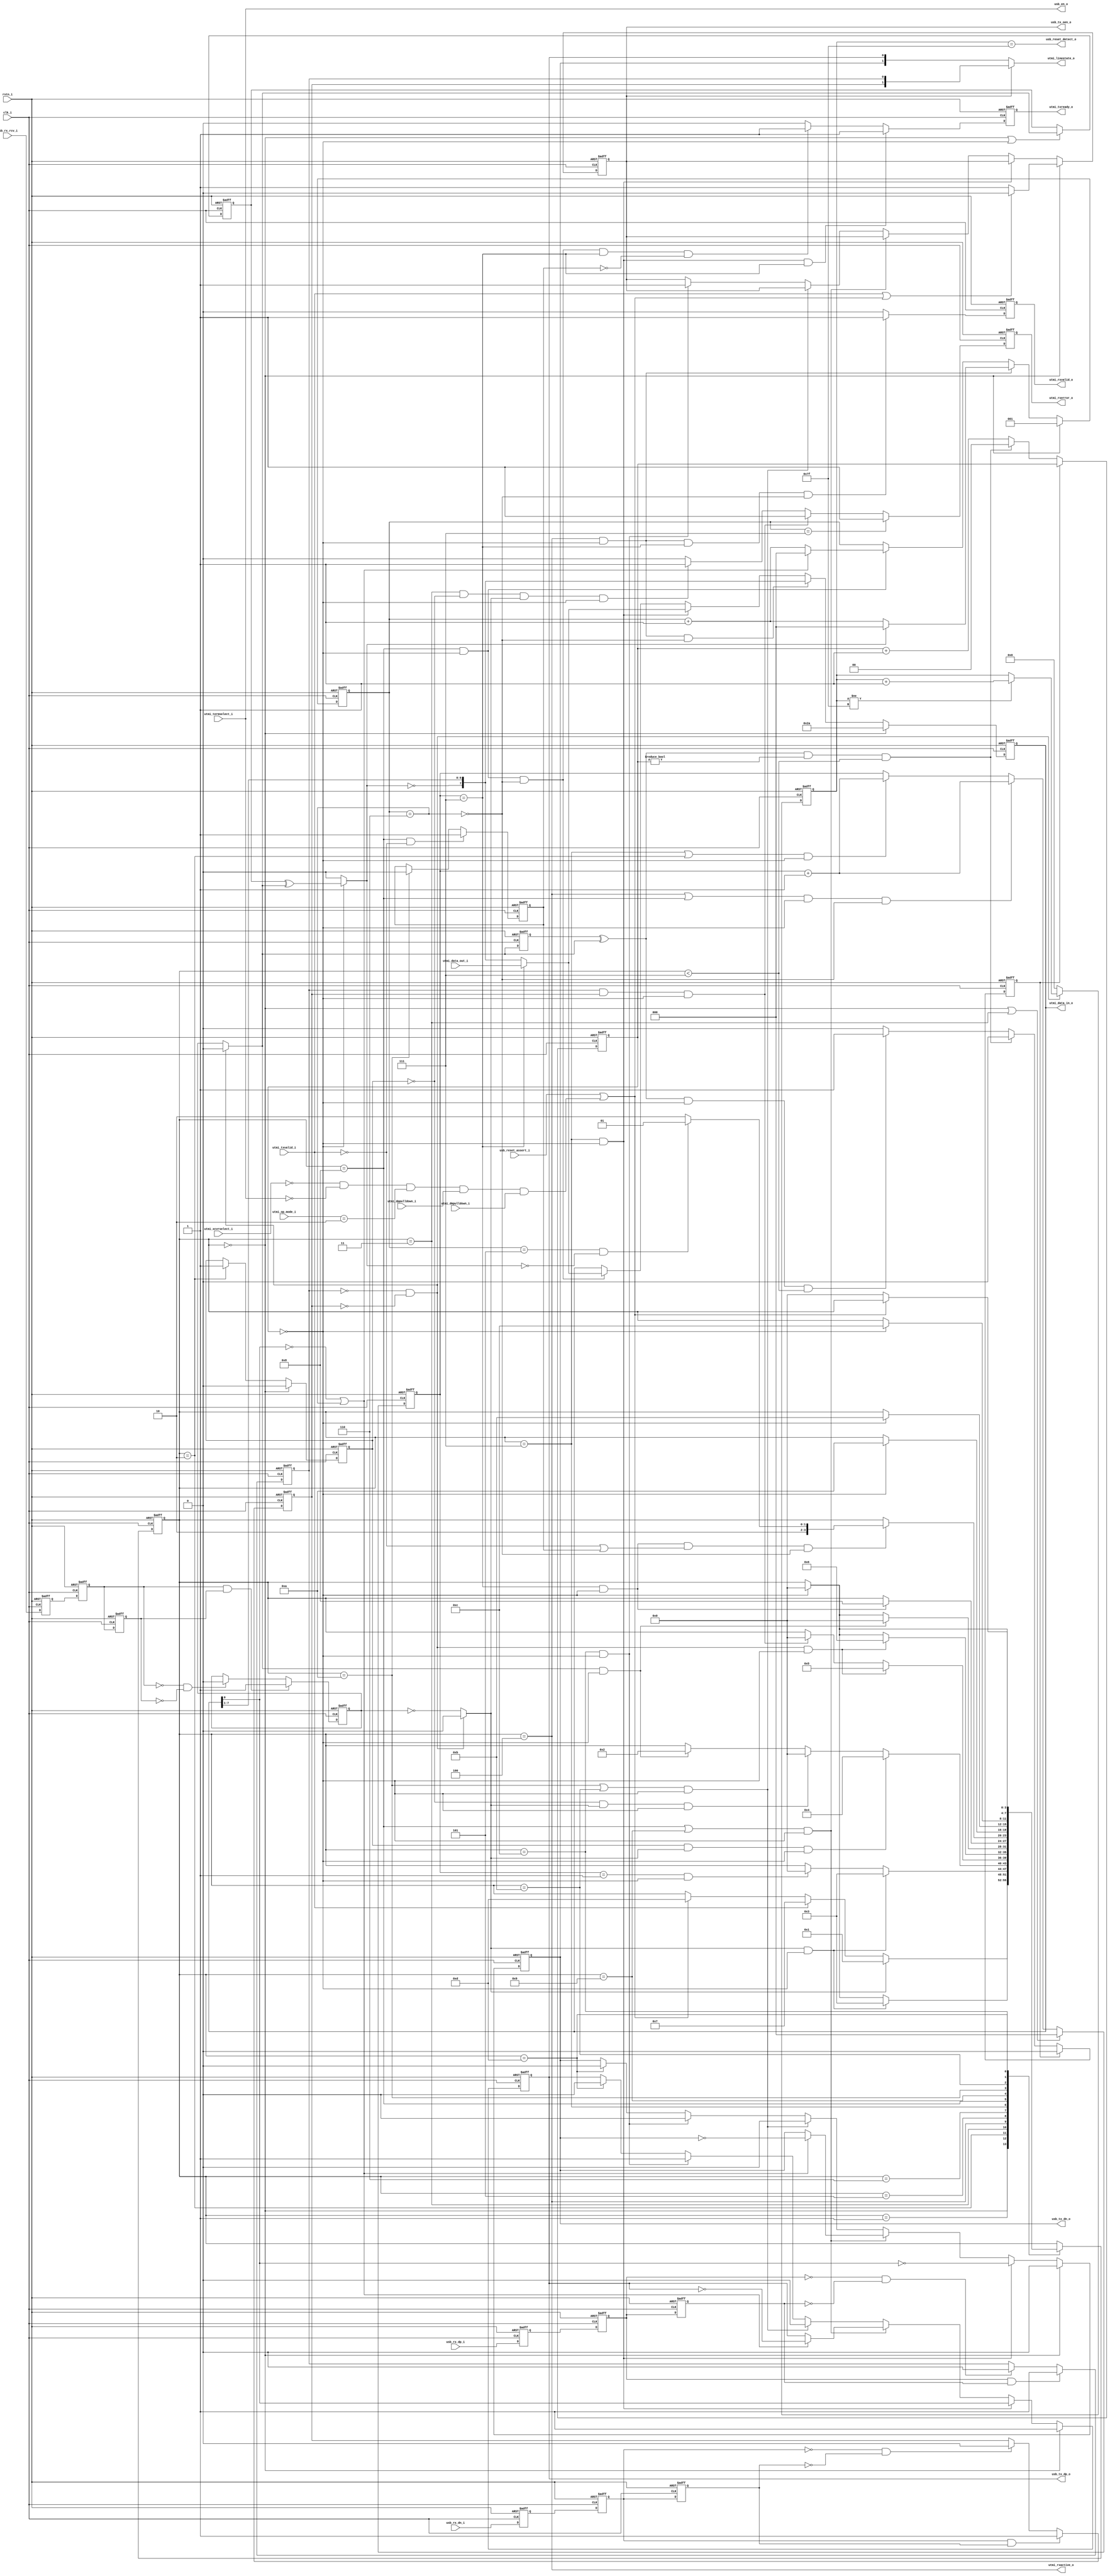
//////////////////////////////////////////////////////////////////////////////
// SPDX-FileCopyrightText: 2021 , Dinesh Annayya                          
// 
// Licensed under the Apache License, Version 2.0 (the "License");
// you may not use this file except in compliance with the License.
// You may obtain a copy of the License at
//
//      http://www.apache.org/licenses/LICENSE-2.0
//
// Unless required by applicable law or agreed to in writing, software
// distributed under the License is distributed on an "AS IS" BASIS,
// WITHOUT WARRANTIES OR CONDITIONS OF ANY KIND, either express or implied.
// See the License for the specific language governing permissions and
// limitations under the License.
// SPDX-License-Identifier: Apache-2.0
// SPDX-FileContributor: Created by Dinesh Annayya <dinesha@opencores.org>
//
//-----------------------------------------------------------------
//                     USB Full Speed (12mbps) Phy
//                              V0.2
//                        Ultra-Embedded.com
//                          Copyright 2015
//
//
//                         License: LGPL
//-----------------------------------------------------------------
//
// This source file may be used and distributed without         
// restriction provided that this copyright statement is not    
// removed from the file and that any derivative work contains  
// the original copyright notice and the associated disclaimer. 
//
// This source file is free software; you can redistribute it   
// and/or modify it under the terms of the GNU Lesser General   
// Public License as published by the Free Software Foundation; 
// either version 2.1 of the License, or (at your option) any   
// later version.
//
// This source is distributed in the hope that it will be       
// useful, but WITHOUT ANY WARRANTY; without even the implied   
// warranty of MERCHANTABILITY or FITNESS FOR A PARTICULAR      
// PURPOSE.  See the GNU Lesser General Public License for more 
// details.
//
// You should have received a copy of the GNU Lesser General    
// Public License along with this source; if not, write to the 
// Free Software Foundation, Inc., 59 Temple Place, Suite 330, 
// Boston, MA  02111-1307  USA
//-----------------------------------------------------------------

//-----------------------------------------------------------------
//                          Generated File
//-----------------------------------------------------------------

module usb_fs_phy
(
    // Inputs
     input           clk_i
    ,input           rstn_i
    ,input  [  7:0]  utmi_data_out_i
    ,input           utmi_txvalid_i
    ,input  [  1:0]  utmi_op_mode_i
    ,input  [  1:0]  utmi_xcvrselect_i
    ,input           utmi_termselect_i
    ,input           utmi_dppulldown_i
    ,input           utmi_dmpulldown_i
    ,input           usb_rx_rcv_i
    ,input           usb_rx_dp_i
    ,input           usb_rx_dn_i
    ,input           usb_reset_assert_i

    // Outputs
    ,output [  7:0]  utmi_data_in_o
    ,output          utmi_txready_o
    ,output          utmi_rxvalid_o
    ,output          utmi_rxactive_o
    ,output          utmi_rxerror_o
    ,output [  1:0]  utmi_linestate_o
    ,output          usb_tx_dp_o
    ,output          usb_tx_dn_o
    ,output          usb_tx_oen_o
    ,output          usb_reset_detect_o
    ,output          usb_en_o
);




//-----------------------------------------------------------------
// Wires / Registers
//-----------------------------------------------------------------
reg         rx_en_q;

// Xilinx placement pragmas:
//synthesis attribute IOB of out_dp_q is "TRUE"
//synthesis attribute IOB of out_dn_q is "TRUE"
reg         out_dp_q;
reg         out_dn_q;

wire        in_dp_w;
wire        in_dn_w;
wire        in_rx_w;

wire        in_j_w;
wire        in_k_w;
wire        in_se0_w;
wire        in_invalid_w;

wire        sample_w;

wire        bit_edge_w;
wire        bit_transition_w;

reg [2:0]   bit_count_q;
reg [2:0]   ones_count_q;
reg [7:0]   data_q;
reg         send_eop_q;

reg         sync_j_detected_q;

wire        bit_stuff_bit_w;
wire        next_is_bit_stuff_w;

wire        usb_reset_assert_w = usb_reset_assert_i | 
                                (utmi_xcvrselect_i == 2'b00 && 
                                 utmi_termselect_i == 1'b0  && 
                                 utmi_op_mode_i    == 2'b10 && 
                                 utmi_dppulldown_i && 
                                 utmi_dmpulldown_i);

//-----------------------------------------------------------------
// Resample async signals
//-----------------------------------------------------------------
reg         rx_dp_ms;
reg         rx_dn_ms;
reg         rxd_ms;


always @ (posedge clk_i or negedge rstn_i)
if (!rstn_i)
begin
    rx_dp_ms <= 1'b0;
    rx_dn_ms <= 1'b0;
    rxd_ms   <= 1'b0;
end
else
begin
    rx_dp_ms <= in_dp_w;
    rx_dn_ms <= in_dn_w;
    rxd_ms   <= in_rx_w;
end

//-----------------------------------------------------------------
// Edge Detection
//-----------------------------------------------------------------
reg         rx_dp0_q;
reg         rx_dn0_q;
reg         rx_dp1_q;
reg         rx_dn1_q;
reg         rx_dp_q;
reg         rx_dn_q;
reg         rxd0_q;
reg         rxd1_q;
reg         rxd_q;

always @ (posedge clk_i or negedge rstn_i)
if (!rstn_i)
begin
    rx_dp0_q    <= 1'b0;
    rx_dn0_q    <= 1'b0;
    rx_dp1_q    <= 1'b0;
    rx_dn1_q    <= 1'b0;
    rx_dp_q     <= 1'b0;
    rx_dn_q     <= 1'b0;
    rxd0_q      <= 1'b0;
    rxd1_q      <= 1'b0;
    rxd_q       <= 1'b0;
end
else
begin
    // Glitch free versions
    if (rx_dp0_q & rx_dp1_q)
        rx_dp_q     <= 1'b1;
    else if (!rx_dp0_q & !rx_dp1_q)
        rx_dp_q     <= 1'b0;

    if (rx_dn0_q & rx_dn1_q)
        rx_dn_q     <= 1'b1;
    else if (!rx_dn0_q & !rx_dn1_q)
        rx_dn_q     <= 1'b0;

    if (rxd0_q & rxd1_q)
        rxd_q     <= 1'b1;
    else if (!rxd0_q & !rxd1_q)
        rxd_q     <= 1'b0;

    // Resyncs
    rx_dp1_q    <= rx_dp0_q;
    rx_dp0_q    <= rx_dp_ms;

    rx_dn1_q    <= rx_dn0_q;
    rx_dn0_q    <= rx_dn_ms;

    rxd1_q      <= rxd0_q;
    rxd0_q      <= rxd_ms;
end

// For Full Speed USB:
// SE0 = D+ = 0 && D- = 0
// J   = D+ = 1 && D- = 0
// K   = D+ = 0 && D- = 1

assign in_j_w       = in_se0_w ? 1'b0 :  rxd_q;
assign in_k_w       = in_se0_w ? 1'b0 : ~rxd_q;
assign in_se0_w     = (!rx_dp_q & !rx_dn_q);
assign in_invalid_w = (rx_dp_q & rx_dn_q);

// Line state matches tx outputs if drivers enabled
assign utmi_linestate_o = usb_tx_oen_o ? {rx_dn_q, rx_dp_q} : {usb_tx_dn_o, usb_tx_dp_o};

//-----------------------------------------------------------------
// State Machine
//-----------------------------------------------------------------
localparam STATE_W              = 4;
localparam STATE_IDLE           = 4'd0;
localparam STATE_RX_DETECT      = 4'd1;
localparam STATE_RX_SYNC_J      = 4'd2;
localparam STATE_RX_SYNC_K      = 4'd3;
localparam STATE_RX_ACTIVE      = 4'd4;
localparam STATE_RX_EOP0        = 4'd5;
localparam STATE_RX_EOP1        = 4'd6;
localparam STATE_TX_SYNC        = 4'd7;
localparam STATE_TX_ACTIVE      = 4'd8;
localparam STATE_TX_EOP_STUFF   = 4'd9;
localparam STATE_TX_EOP0        = 4'd10;
localparam STATE_TX_EOP1        = 4'd11;
localparam STATE_TX_EOP2        = 4'd12;
localparam STATE_TX_RST         = 4'd13;

// Current state
reg [STATE_W-1:0] state_q;

reg [STATE_W-1:0] next_state_r;
always @ *
begin
    next_state_r = state_q;

    case (state_q)
    //-----------------------------------------
    // STATE_IDLE
    //-----------------------------------------
    STATE_IDLE :
    begin
        if (in_k_w)
            next_state_r    = STATE_RX_DETECT;
        else if (utmi_txvalid_i)
            next_state_r    = STATE_TX_SYNC;
        else if (usb_reset_assert_w)
            next_state_r    = STATE_TX_RST;
    end
    //-----------------------------------------
    // STATE_RX_DETECT
    //-----------------------------------------
    STATE_RX_DETECT :
    begin
        if (in_k_w && sample_w)
            next_state_r    = STATE_RX_SYNC_K;
        else if (sample_w)
            next_state_r    = STATE_IDLE;
    end
    //-----------------------------------------
    // STATE_RX_SYNC_J
    //-----------------------------------------
    STATE_RX_SYNC_J :
    begin
        if (in_k_w && sample_w)
            next_state_r    = STATE_RX_SYNC_K;
        // K glitch followed by multiple J's - return to idle
        else if ((bit_count_q == 3'd1) && sample_w)
            next_state_r    = STATE_IDLE;
    end
    //-----------------------------------------
    // STATE_RX_SYNC_K
    //-----------------------------------------
    STATE_RX_SYNC_K :
    begin
        // End of SYNC field ends with 2 K's
        // Must have seen at least 1 J state first!
        if (sync_j_detected_q && in_k_w && sample_w)
            next_state_r    = STATE_RX_ACTIVE;
        // No J detected since IDLE, must be an error!
        else if (!sync_j_detected_q && in_k_w && sample_w)
            next_state_r    = STATE_IDLE;
        else if (in_j_w && sample_w)
            next_state_r    = STATE_RX_SYNC_J;
    end
    //-----------------------------------------
    // STATE_RX_ACTIVE
    //-----------------------------------------
    STATE_RX_ACTIVE :
    begin
        if (in_se0_w && sample_w)
            next_state_r    = STATE_RX_EOP0;
        // Error!
        else if (in_invalid_w && sample_w)
            next_state_r    = STATE_IDLE;
    end
    //-----------------------------------------
    // STATE_RX_EOP0
    //-----------------------------------------
    STATE_RX_EOP0 :
    begin
        if (in_se0_w && sample_w)
            next_state_r    = STATE_RX_EOP1;
        // Error!
        else if (sample_w)
            next_state_r    = STATE_IDLE;
    end
    //-----------------------------------------
    // STATE_RX_EOP1
    //-----------------------------------------
    STATE_RX_EOP1 :
    begin
        // Return to idle
        if (in_j_w && sample_w)
            next_state_r    = STATE_IDLE;
        // Error!
        else if (sample_w)
            next_state_r    = STATE_IDLE;
    end
    //-----------------------------------------
    // STATE_TX_SYNC
    //-----------------------------------------
    STATE_TX_SYNC :
    begin
        if (bit_count_q == 3'd7 && sample_w)
            next_state_r    = STATE_TX_ACTIVE;
    end
    //-----------------------------------------
    // STATE_TX_ACTIVE
    //-----------------------------------------
    STATE_TX_ACTIVE :
    begin
        if (bit_count_q == 3'd7 && sample_w && (!utmi_txvalid_i || send_eop_q) && !bit_stuff_bit_w)
        begin
            // Bit stuff required at end of packet?
            if (next_is_bit_stuff_w)
                next_state_r    = STATE_TX_EOP_STUFF;
            else
                next_state_r    = STATE_TX_EOP0;
        end
    end
    //-----------------------------------------
    // STATE_TX_EOP_STUFF
    //-----------------------------------------
    STATE_TX_EOP_STUFF :
    begin
        if (sample_w)
            next_state_r    = STATE_TX_EOP0;
    end
    //-----------------------------------------
    // STATE_TX_EOP0
    //-----------------------------------------
    STATE_TX_EOP0 :
    begin
        if (sample_w)
            next_state_r    = STATE_TX_EOP1;
    end
    //-----------------------------------------
    // STATE_TX_EOP1
    //-----------------------------------------
    STATE_TX_EOP1 :
    begin
        if (sample_w)
            next_state_r    = STATE_TX_EOP2;
    end
    //-----------------------------------------
    // STATE_TX_EOP2
    //-----------------------------------------
    STATE_TX_EOP2 :
    begin
        if (sample_w)
            next_state_r    = STATE_IDLE;
    end
    //-----------------------------------------
    // STATE_TX_RST
    //-----------------------------------------
    STATE_TX_RST :
    begin
        if (!usb_reset_assert_w)
            next_state_r    = STATE_IDLE;
    end
    default:
        ;
   endcase
end

// Update state
always @ (negedge rstn_i or posedge clk_i)
if (!rstn_i)
    state_q   <= STATE_IDLE;
else
    state_q   <= next_state_r;

//-----------------------------------------------------------------
// SYNC detect
//-----------------------------------------------------------------
always @ (posedge clk_i or negedge rstn_i)
if (!rstn_i)
    sync_j_detected_q  <= 1'b0;
// Reset sync detect state in IDLE
else if (state_q == STATE_IDLE)
    sync_j_detected_q  <= 1'b0;
// At least one J detected
else if (state_q == STATE_RX_SYNC_J)
    sync_j_detected_q  <= 1'b1;

//-----------------------------------------------------------------
// Rx Error Detection
//-----------------------------------------------------------------
reg rx_error_q;

always @ (posedge clk_i or negedge rstn_i)
if (!rstn_i)
    rx_error_q  <= 1'b0;
// Rx bit stuffing error
else if (ones_count_q == 3'd7)
    rx_error_q  <= 1'b1;
// Invalid line state detection
else if (in_invalid_w && sample_w)
    rx_error_q  <= 1'b1;
// Detect invalid SYNC sequence
else if ((state_q == STATE_RX_SYNC_K) && !sync_j_detected_q && in_k_w && sample_w)
    rx_error_q  <= 1'b1;
else
    rx_error_q  <= 1'b0;

assign utmi_rxerror_o = rx_error_q;

//-----------------------------------------------------------------
// Edge Detector
//-----------------------------------------------------------------
reg rxd_last_q;

always @ (posedge clk_i or negedge rstn_i)
if (!rstn_i)
    rxd_last_q  <= 1'b0;
else
    rxd_last_q  <= in_j_w;

assign bit_edge_w = rxd_last_q ^ in_j_w;

//-----------------------------------------------------------------
// Sample Timer
//-----------------------------------------------------------------
reg [1:0] sample_cnt_q;
reg       adjust_delayed_q;

always @ (posedge clk_i or negedge rstn_i)
if (!rstn_i)
begin
    sample_cnt_q        <= 2'd0;
    adjust_delayed_q    <= 1'b0;
end
// Delayed adjustment
else if (adjust_delayed_q)
    adjust_delayed_q    <= 1'b0;
else if (bit_edge_w && (sample_cnt_q != 2'd0) && (state_q < STATE_TX_SYNC))
    sample_cnt_q        <= 2'd0;
// Can't adjust sampling point now?
else if (bit_edge_w && (sample_cnt_q == 2'd0) && (state_q < STATE_TX_SYNC))
begin
    // Want to reset sampling point but need to delay adjustment by 1 cycle!
    adjust_delayed_q    <= 1'b1;
    sample_cnt_q        <= sample_cnt_q + 2'd1;
end
else
    sample_cnt_q        <= sample_cnt_q + 2'd1;

assign sample_w = (sample_cnt_q == 2'd0);

//-----------------------------------------------------------------
// NRZI Receiver
//-----------------------------------------------------------------
reg rxd_last_j_q;

// NRZI:
// 0 = transition between J & K
// 1 = same state
// After 6 consequitive 1's, a 0 is inserted to maintain the transitions

always @ (posedge clk_i or negedge rstn_i)
if (!rstn_i)
    rxd_last_j_q  <= 1'b0;
else if ((state_q == STATE_IDLE) || sample_w)
    rxd_last_j_q  <= in_j_w;

assign bit_transition_w = sample_w ? rxd_last_j_q ^ in_j_w : 1'b0;

//-----------------------------------------------------------------
// Bit Counters
//-----------------------------------------------------------------
always @ (posedge clk_i or negedge rstn_i)
if (!rstn_i)
    ones_count_q <= 3'd1;
// The packet starts with a double K (no transition)
else if (state_q == STATE_IDLE)
    ones_count_q <= 3'd1;
// Rx
else if ((state_q == STATE_RX_ACTIVE) && sample_w)
begin
    if (bit_transition_w)
        ones_count_q <= 3'b0;
    else
        ones_count_q <= ones_count_q + 3'd1;
end
// Tx
else if ((state_q == STATE_TX_ACTIVE) && sample_w)
begin
    // Toggle output data
    if (!data_q[0] || bit_stuff_bit_w)
        ones_count_q <= 3'b0;
    else
        ones_count_q <= ones_count_q + 3'd1;
end

assign bit_stuff_bit_w     = (ones_count_q == 3'd6);
assign next_is_bit_stuff_w = (ones_count_q == 3'd5) && !bit_transition_w;

always @ (posedge clk_i or negedge rstn_i)
if (!rstn_i)
    bit_count_q <= 3'b0;
else if ((state_q == STATE_IDLE) || (state_q == STATE_RX_SYNC_K))
    bit_count_q <= 3'b0;
else if ((state_q == STATE_RX_ACTIVE || state_q == STATE_TX_ACTIVE) && sample_w && !bit_stuff_bit_w)
    bit_count_q <= bit_count_q + 3'd1;
else if (((state_q == STATE_TX_SYNC) || (state_q == STATE_RX_SYNC_J)) && sample_w)
    bit_count_q <= bit_count_q + 3'd1;

//-----------------------------------------------------------------
// Shift register
//-----------------------------------------------------------------
always @ (posedge clk_i or negedge rstn_i)
if (!rstn_i)
    data_q  <= 8'b0;
// Pre-load shift register with SYNC word
else if (state_q == STATE_IDLE)
    data_q  <= 8'b00101010;
else if ((state_q == STATE_RX_ACTIVE) && sample_w && !bit_stuff_bit_w)
    data_q  <= {~bit_transition_w, data_q[7:1]};
else if ((state_q == STATE_TX_SYNC) && sample_w)
begin
    if (bit_count_q == 3'd7)
        data_q  <= utmi_data_out_i;
    else
        data_q  <= {~bit_transition_w, data_q[7:1]};
end    
else if ((state_q == STATE_TX_ACTIVE) && sample_w && !bit_stuff_bit_w)
begin
    if (bit_count_q == 3'd7)
        data_q  <= utmi_data_out_i;
    else
        data_q  <= {~bit_transition_w, data_q[7:1]};
end

// Receive active (SYNC recieved)
assign utmi_rxactive_o = (state_q == STATE_RX_ACTIVE);

assign utmi_data_in_o  = data_q;

//-----------------------------------------------------------------
// Rx Ready
//-----------------------------------------------------------------
reg rx_ready_q;

always @ (posedge clk_i or negedge rstn_i)
if (!rstn_i)
    rx_ready_q <= 1'b0;
else if ((state_q == STATE_RX_ACTIVE) && sample_w && (bit_count_q == 3'd7) && !bit_stuff_bit_w)
    rx_ready_q <= 1'b1;
else
    rx_ready_q <= 1'b0;

assign utmi_rxvalid_o  = rx_ready_q;

//-----------------------------------------------------------------
// Tx Ready
//-----------------------------------------------------------------
reg tx_ready_q;

always @ (posedge clk_i or negedge rstn_i)
if (!rstn_i)
    tx_ready_q <= 1'b0;
else if ((state_q == STATE_TX_SYNC) && sample_w && (bit_count_q == 3'd7))
    tx_ready_q <= 1'b1;
else if ((state_q == STATE_TX_ACTIVE) && sample_w && !bit_stuff_bit_w && (bit_count_q == 3'd7) && !send_eop_q)
    tx_ready_q <= 1'b1;
else
    tx_ready_q <= 1'b0;

assign utmi_txready_o  = tx_ready_q;

//-----------------------------------------------------------------
// EOP pending
//-----------------------------------------------------------------
always @ (negedge rstn_i or negedge clk_i)
if (!rstn_i)
    send_eop_q  <= 1'b0;
else if ((state_q == STATE_TX_ACTIVE) && !utmi_txvalid_i)
    send_eop_q  <= 1'b1;
else if (state_q == STATE_TX_EOP0)
    send_eop_q  <= 1'b0;

//-----------------------------------------------------------------
// Tx
//-----------------------------------------------------------------
wire out_bit_w = sample_w ? data_q[0] : 1'bz;

always @ (posedge clk_i or negedge rstn_i)
if (!rstn_i)
begin
    out_dp_q <= 1'b0;
    out_dn_q <= 1'b0;
    rx_en_q  <= 1'b1;
end
else if (state_q == STATE_IDLE)
begin
    // IDLE
    out_dp_q <= 1'b1;
    out_dn_q <= 1'b0;

    if (utmi_txvalid_i || usb_reset_assert_w)
        rx_en_q <= 1'b0;
    else
        rx_en_q <= 1'b1;
end
else if ((state_q == STATE_TX_SYNC) && sample_w)
begin
    out_dp_q <= data_q[0];
    out_dn_q <= ~data_q[0];
end
else if ((state_q == STATE_TX_ACTIVE || state_q == STATE_TX_EOP_STUFF) && sample_w)
begin
    // 0 = toggle, 1 = hold
    if (!data_q[0] || bit_stuff_bit_w)
    begin
        out_dp_q <= ~out_dp_q;
        out_dn_q <= ~out_dn_q;
    end
end
else if ((state_q == STATE_TX_EOP0 || state_q == STATE_TX_EOP1) && sample_w)
begin
    // SE0
    out_dp_q <= 1'b0;
    out_dn_q <= 1'b0;
end
else if ((state_q == STATE_TX_EOP2) && sample_w)
begin
    // IDLE
    out_dp_q <= 1'b1;
    out_dn_q <= 1'b0;

    // Set bus to input
    rx_en_q <= 1'b1;
end
else if (state_q == STATE_TX_RST)
begin
    // SE0
    out_dp_q <= 1'b0;
    out_dn_q <= 1'b0;
end

//-----------------------------------------------------------------
// Reset detection
//-----------------------------------------------------------------
reg [6:0] se0_cnt_q;

always @ (posedge clk_i or negedge rstn_i)
if (!rstn_i)
    se0_cnt_q <= 7'b0;
else if (in_se0_w)
begin
    if (se0_cnt_q != 7'd127)
        se0_cnt_q <= se0_cnt_q + 7'd1;
end    
else
    se0_cnt_q <= 7'b0;

assign usb_reset_detect_o = (se0_cnt_q == 7'd127);

//-----------------------------------------------------------------
// Transceiver Interface
//-----------------------------------------------------------------
// Tx output enable (active low)
assign usb_tx_oen_o = rx_en_q;

// Tx +/-
assign usb_tx_dp_o  = out_dp_q;
assign usb_tx_dn_o  = out_dn_q;

// Receive D+/D-
assign in_dp_w = usb_rx_dp_i;
assign in_dn_w = usb_rx_dn_i;

// Receive data
assign in_rx_w = usb_rx_rcv_i;

// USB device pull-up enable
assign usb_en_o = utmi_termselect_i;


endmodule